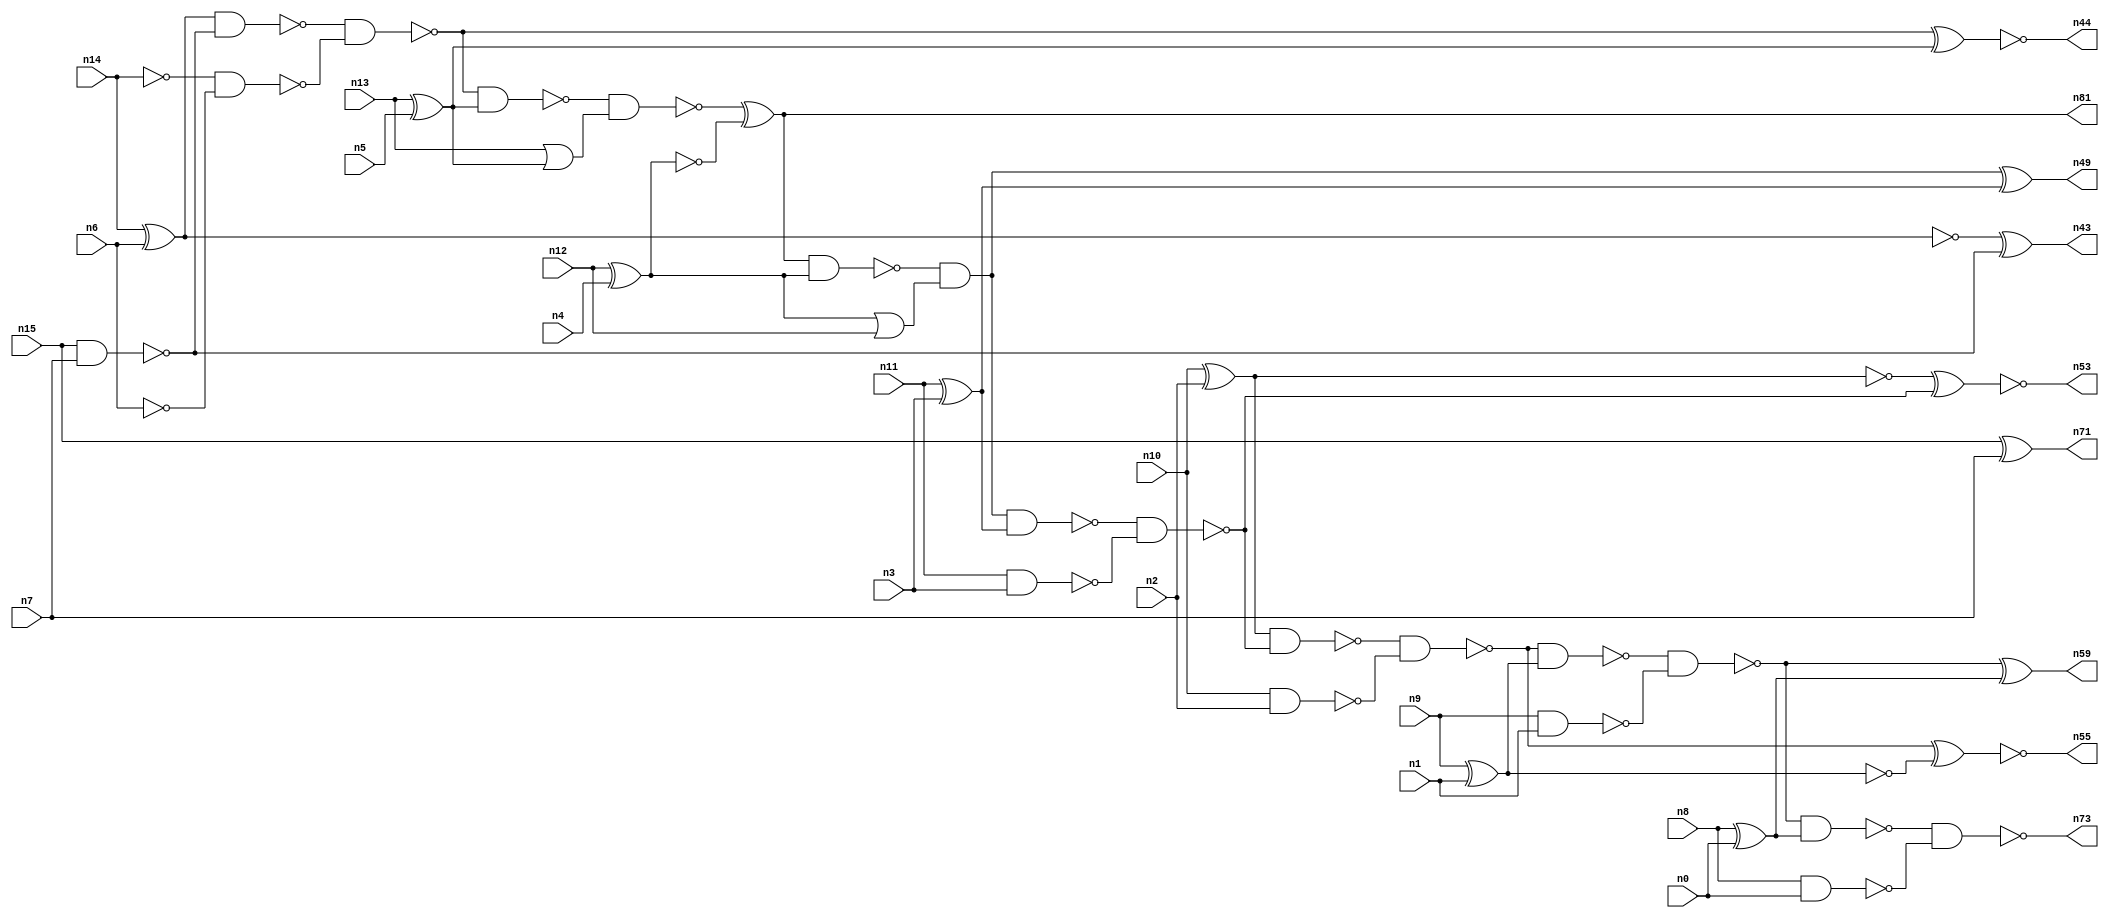
// This file contains a pareto-optimal circuit with respect to power and the fault-resilince parameter p_fault which is defined as:
// "For all input vectors, the ratio of the no. of faults observable at the POs to the no. of total possible faults in the circuit".
// This code is part of the ReCkt library (https://github.com/umar-afzaal/ReCkt) distributed under The MIT License.
// When used, please cite the following article(s):
// U. Afzaal, A.S. Hassan, M. Usman and J.A. Lee, "On the Evolutionary Synthesis of Increased Fault-resilience Arithmetic Circuits".

// p_fault = 88.5 %    (Lower is better)
// gates = 49.0
// levels = 17
// area = 65.28    (For MCNC library relative to nand2)
// power = 261.1 uW    (Berkely-SIS for MCNC library @ Vdd=5V and 20 MHz clock)
// delay = 20.6 ns    (Berkely-ABC for MCNC library)
// PDP = 5.37866e-12 J

// Pin mapping:
// {n0, n1, n2, n3, n4, n5, n6, n7} = A[7:0]
// {n8, n9, n10, n11, n12, n13, n14, n15} = B[7:0]
// {n73, n59, n55, n53, n49, n81, n44, n43, n71} = O[8:0]

module addr8u_power_6 (
n0, n1, n2, n3, n4, n5, n6, n7, n8, n9, n10, n11, n12, n13, n14, n15, 
n73, n59, n55, n53, n49, n81, n44, n43, n71
);

input n0, n1, n2, n3, n4, n5, n6, n7, n8, n9, n10, n11, n12, n13, n14, n15;
output n73, n59, n55, n53, n49, n81, n44, n43, n71;
wire n30, n24, n52, n61, n46, n18, n60, n17, n42, n51, n45, n36, n47, n20, n37, n56, n23, n16, n40, n48, 
n21, n25, n41, n54, n27, n33, n28, n58, n22, n38, n39, n57, n31, n19, n34, n32, n26, n50, n29, n35;

xor (n16, n14, n6);
nand (n17, n10, n2);
nand (n18, n15, n7);
xor (n19, n13, n5);
nand (n20, n9, n1);
xor (n21, n8, n0);
nand (n22, n14, n14);
xor (n23, n11, n3);
xor (n24, n15, n7);
xor (n25, n10, n2);
or (n26, n13, n19);
xor (n27, n12, n4);
nand (n28, n8, n0);
nand (n29, n11, n3);
nand (n30, n6, n6);
xnor (n31, n9, n1);
or (n32, n27, n12);
nand (n33, n27, n27);
nand (n34, n16, n18);
and (n35, n19, n19);
nand (n36, n22, n30);
nand (n37, n25, n25);
nand (n38, n31, n31);
nand (n39, n38, n38);
nand (n40, n16, n16);
nand (n41, n34, n36);
nand (n42, n41, n19);
xor (n43, n40, n18);
xnor (n44, n41, n35);
nand (n45, n42, n26);
xor (n46, n45, n33);
nand (n47, n46, n27);
and (n48, n47, n32);
xor (n49, n48, n23);
nand (n50, n48, n23);
nand (n51, n50, n29);
nand (n52, n25, n51);
xnor (n53, n37, n51);
nand (n54, n52, n17);
xnor (n55, n54, n39);
nand (n56, n54, n38);
nand (n57, n56, n20);
nand (n58, n57, n21);
xor (n59, n57, n21);
nand (n60, n58, n28);
and (n61, n46, n46);
and (n71, n24, n24);
and (n73, n60, n60);
or (n81, n46, n61);

endmodule